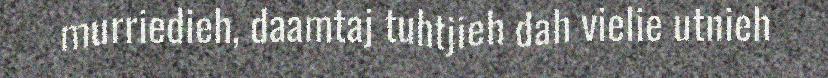
murriedieh, daamtaj tuhtjieh dah vielie utnieh